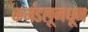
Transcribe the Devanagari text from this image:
कमंडलूमधून